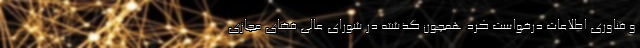
و فناوری اطلاعات درخواست کرد همچون گذشته در شورای عالی فضای مجازی